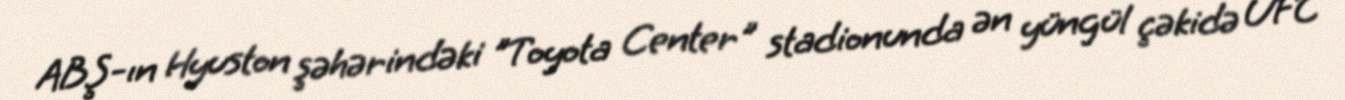
ABŞ-ın Hyuston şəhərindəki "Toyota Center" stadionunda ən yüngül çəkidə UFC